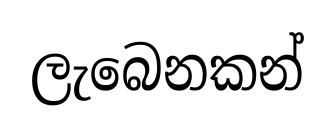
ලැබෙනකන්